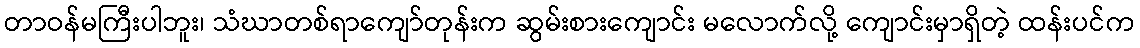
တာဝန်မကြီးပါဘူး၊ သံဃာတစ်ရာကျော်တုန်းက ဆွမ်းစားကျောင်း မလောက်လို့ ကျောင်းမှာရှိတဲ့ ထန်းပင်က